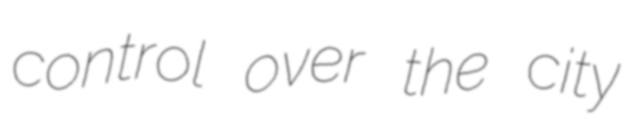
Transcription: control over the city